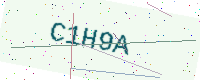
Text: C1H9A